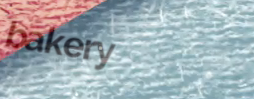
bakery